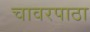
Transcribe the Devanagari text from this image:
चावरपाठा